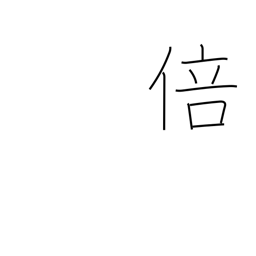
Meaning: fold